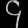
Digit: ၄